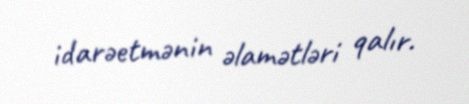
idarəetmənin əlamətləri qalır.